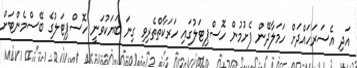
އަދި އެސަރަހައްދަށް ހަމަލާދޭން ފެށުމުން ހޮސްޕިޓަލުގައި ހަރަކާތްތެރިވި ގިނަ ބަޔަކުވަނީ ހޮސްޕިޓަލުގެ ބޭސްމެންޓަށް